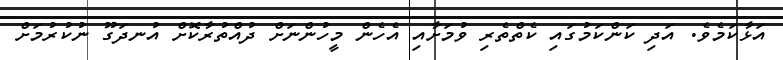
އަޅާކަމެވެ. އަދި ކަންކަމުގައި ކެތްތެރި ވުމަށާއި އެހެން މީހުންނަށް ދުއްތުރާކޮށް އުނދަގޫ ނުކުރުމަށް